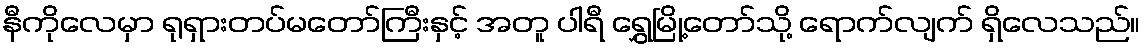
နီကိုလေမှာ ရုရှားတပ်မတော်ကြီးနှင့် အတူ ပါရီ ရွှေမြို့တော်သို့ ရောက်လျက် ရှိလေသည်။